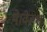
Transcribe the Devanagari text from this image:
थे।वेल्श